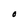
Character: O